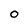
Character: 0